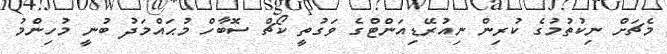
މެޗަށް ނިކުތުމުގެ ކުރިން ނިއުރޭޑިއަންޓްގެ ވަގުތީ ކޯޗް ސޮބާހް މުޙައްމަދު ބުނީ މުހިންމު